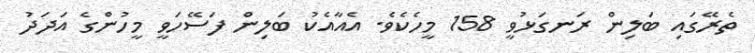
ތެރޭގައި ބަލިން ރަނގަޅުވީ 158 މީހެކެވެ. އެއާއެކު ބަލިން ފަސޭހަވީ މީހުންގެ އަދަދު